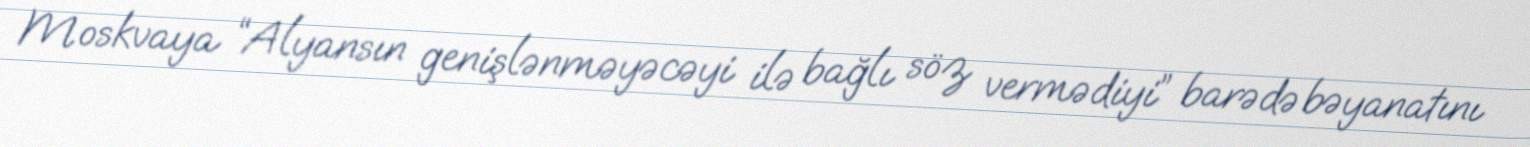
Moskvaya “Alyansın genişlənməyəcəyi ilə bağlı söz vermədiyi” barədə bəyanatını